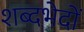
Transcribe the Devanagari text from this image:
शब्दभेदों